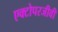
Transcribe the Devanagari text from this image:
एक्टोपरजीवी